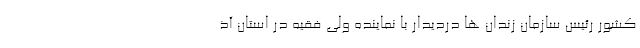
کشور رئیس سازمان زندان ها دردیدار با نماینده ولی فقیه در استان آذ